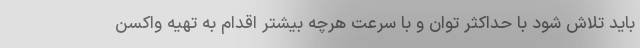
باید تلاش شود با حداکثر توان و با سرعت هرچه بیشتر اقدام به تهیه واکسن